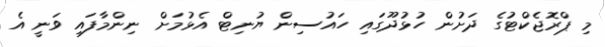
މި ޕްރޮޖެކްޓުގެ ދަށުން ހުޅުދޫގައި ހައުސިން ޔުނިޓް އެޅުމަށް ނިންމާފައި ވަނީ އެ